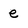
Character: e